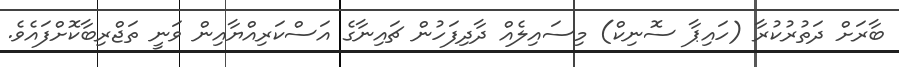
ބާރަށް ދަތުރުކުރާ (ހައިޕާ ސޮނިކް) މިސައިލެއް ދާދިފަހުން ޗައިނާގެ އަސްކަރިއްޔާއިން ވަނީ ތަޖްރިބާކޮށްފައެވެ.